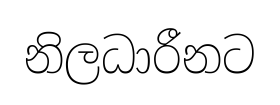
නිලධාරීනට